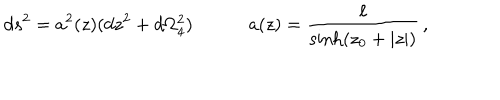
LaTeX: d s ^ { 2 } = a ^ { 2 } ( z ) ( d z ^ { 2 } + d \Omega _ { 4 } ^ { 2 } ) \quad \qquad a ( z ) = \frac { \ell } { \sinh ( z _ { 0 } + | z | ) } \, ,